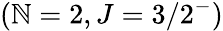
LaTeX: (\mathbb{N}=2,J=3/2^{-})